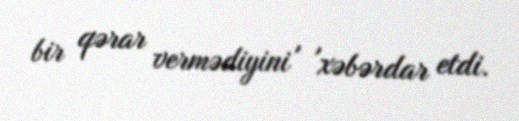
bir qərar vermədiyini' 'xəbərdar etdi.